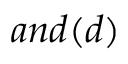
a n d ( d )